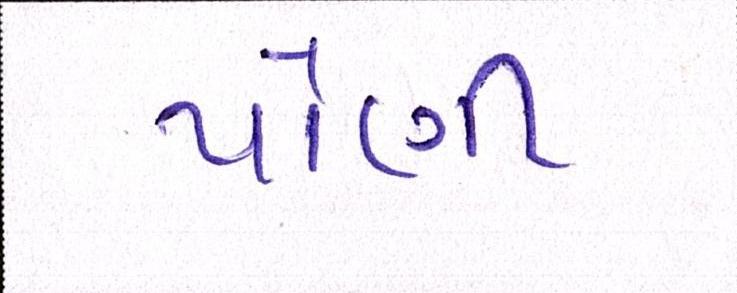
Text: પોંણી